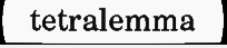
tetralemma